Civil Veterinary Department Bengal reports 1933-51 - 1933-1951
Year: 1933
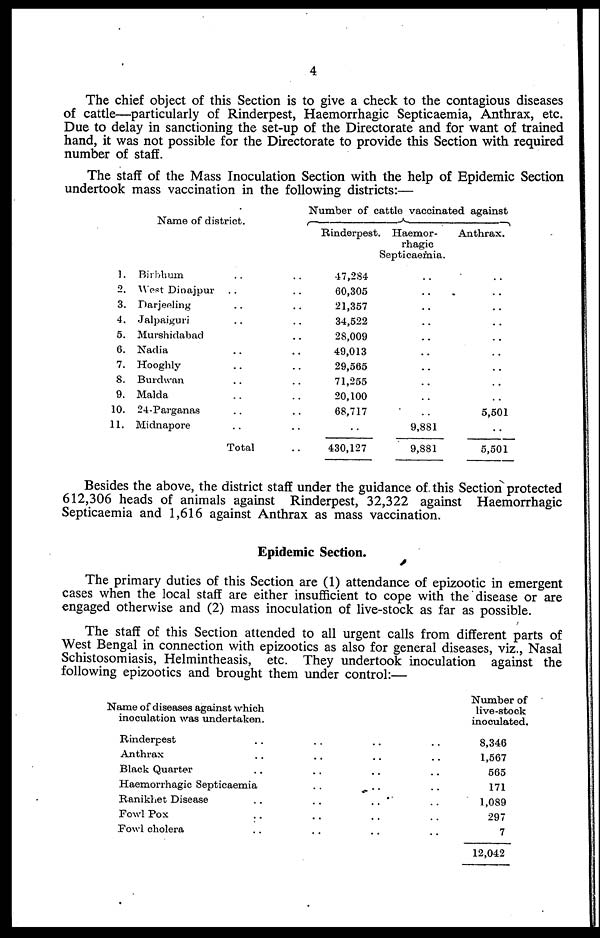
4
The chief object of this Section is to give a check to the contagious diseases
of cattle—particularly of Rinderpest, Haemorrhagic Septicaemia, Anthrax, etc.
Due to delay in sanctioning the set-up of the Directorate and for want of trained
hand, it was not possible for the Directorate to provide this Section with required
number of staff.
The staff of the Mass Inoculation Section with the help of Epidemic Section
undertook mass vaccination in the following districts:—
1.
2.
3.
4.
5.
6.
7.
8.
9.
10.
11.
Name of district.
Birbhum .. ..
West Dinajpur .. ..
Darjeeling .. ..
Jalpaiguri .. ..
Murshidabad .. ..
Nadia .. ..
Hooghly .. ..
Burdwan .. ..
Malda .. ..
24-Parganas .. ..
Midnapore .. ..
Total ..
Number of cattle vaccinated against
Rinderpest
47,284
60,305
21,357
34,522
28,009
49,013
29,565
71,255
20,100
68,717
..
430,127
Haemor-
rhagic
Septicaemia.
..
..
..
..
..
..
..
..
..
..
9,881
9,881
Anthrax.
..
..
..
..
..
..
..
..
..
5,501
..
5,501
Besides the above, the district staff under the guidance of this Section protected
612,306 heads of animals against Rinderpest, 32,322 against Haemorrhagic
Septicaemia and 1,616 against Anthrax as mass vaccination.
Epidemic Section.
The primary duties of this Section are (1) attendance of epizootic in emergent
cases when the local staff are either insufficient to cope with the disease or are
engaged otherwise and (2) mass inoculation of live-stock as far as possible.
The staff of this Section attended to all urgent calls from different parts of
West Bengal in connection with epizootics as also for general diseases, viz., Nasal
Schistosomiasis, Helmintheasis, etc. They undertook inoculation against the
following epizootics and brought them under control:—
Name of diseases against which
inoculation was undertaken.
Rinderpest .. .. .. ..
Anthrax .. .. .. ..
Black Quarter .. .. .. ..
Haemorrhagic Septicaemia .. .. ..
Ranikhet Disease .. .. .. ..
Fowl Pox .. .. .. ..
Fowl cholera .. .. .. ..
Number of
live-stock
inoculated.
8,346
1,567
565
171
1,089
297
7
12,042